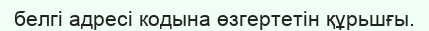
белгі адресі кодына өзгертетін құрьшғы.